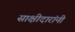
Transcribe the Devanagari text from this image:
साक्षीदारांनी